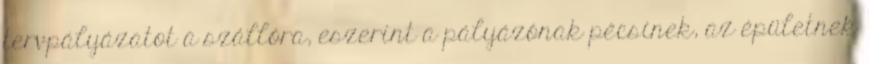
tervpályázatot a szállóra, eszerint a pályázónak pécsinek, az épületnek